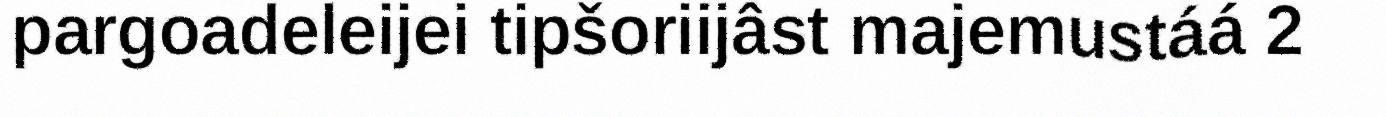
pargoadeleijei tipšoriijâst majemustáá 2